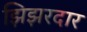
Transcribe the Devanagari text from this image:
झिझरदार